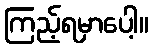
ကြည့်ရမှာပေါ့။